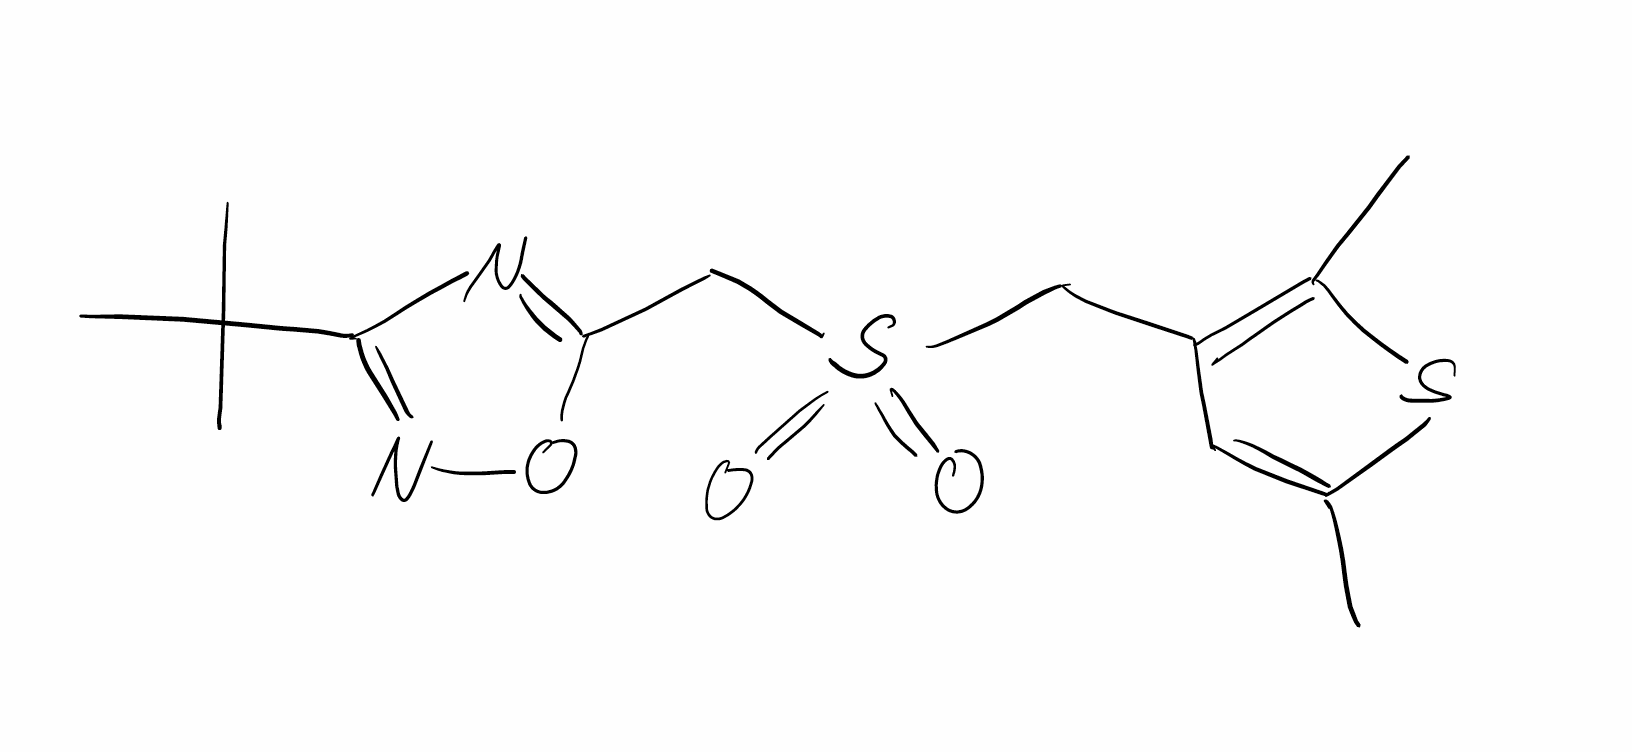
Simplified molecular-input line-entry system (SMILES) notation of the given molecule:
CC1=CC(=C(S1)C)CS(=O)(=O)CC2=NC(=NO2)C(C)(C)C